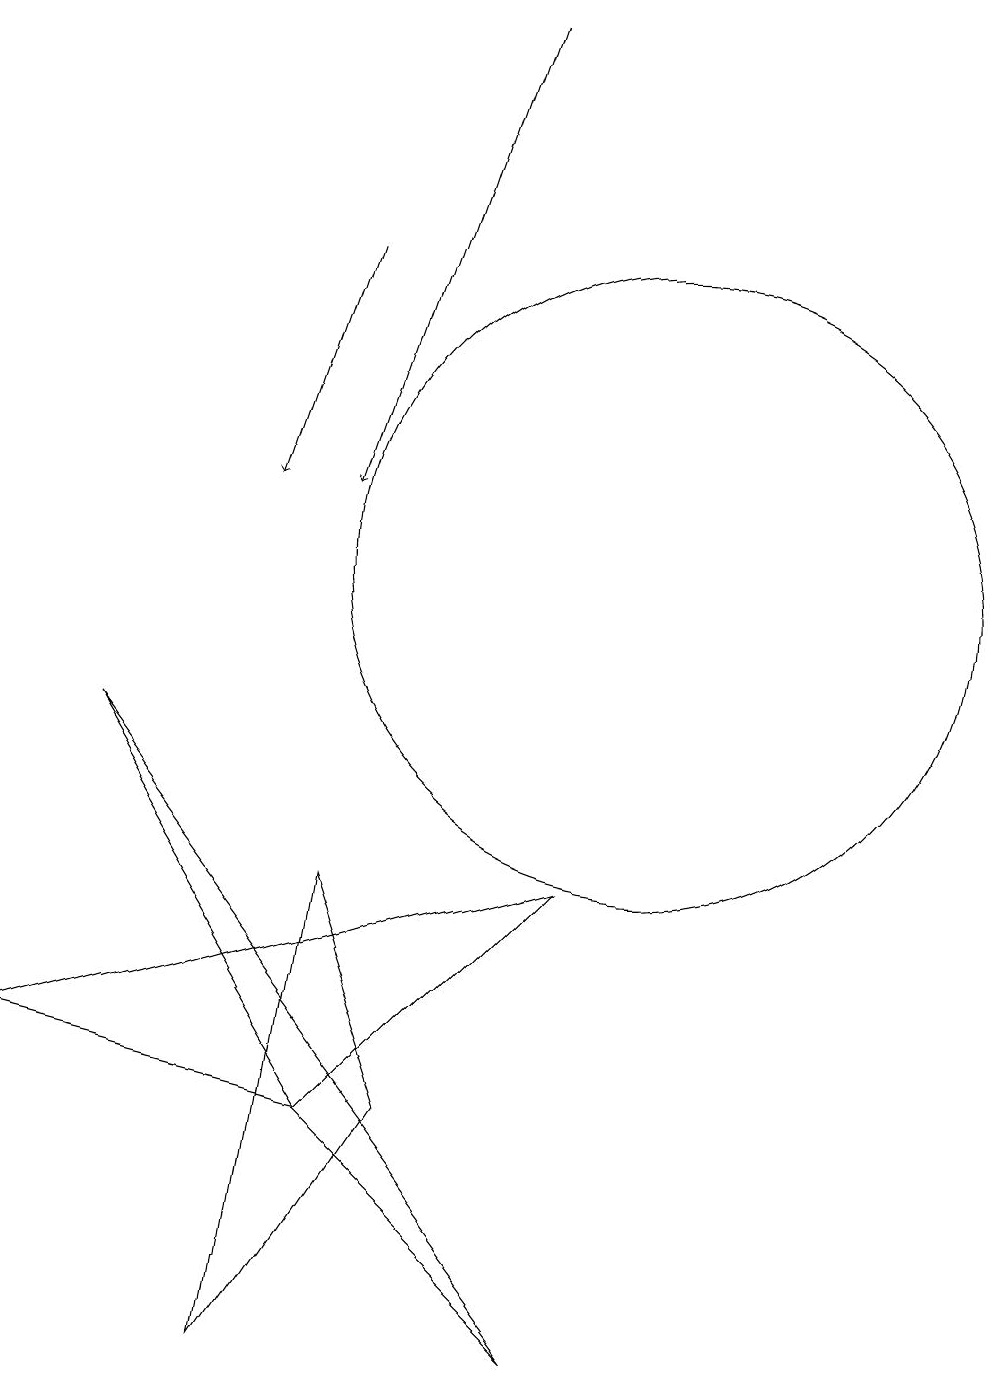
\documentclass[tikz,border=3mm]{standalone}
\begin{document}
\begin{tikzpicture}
\draw (5,1) -- (7,4) -- (6,7) -- cycle;
\draw (6,4) -- (9,7) -- (2,5) -- cycle;
\draw[->] (8,18) -- (6,12);
\draw (10,11) circle (4);
\draw[->] (6,15) -- (5,12);
\draw (9,1) -- (3,9) -- (6,4) -- cycle;
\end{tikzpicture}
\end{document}